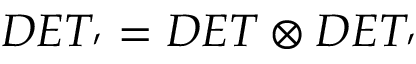
D E T _ { \l ^ { \prime } } = D E T _ { \l } \otimes D E T _ { \l \l ^ { \prime } }